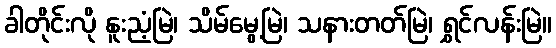
ခါတိုင်းလို နူးညံ့မြဲ၊ သိမ်မွေ့မြဲ၊ သနားတတ်မြဲ၊ ရွှင်လန်းမြဲ။